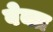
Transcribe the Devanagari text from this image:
वेक्त